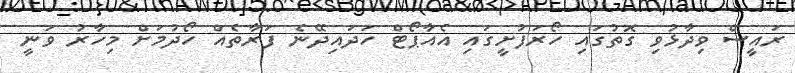
ރައީސް ވިދާޅުވި ގޮތުގައި ހޯރަފުށީގައި އެއާޕޯޓް ހަދައިދޭނެ ފަރާތެއް ހޯދުމަށް މިހާރު ވަނީ